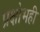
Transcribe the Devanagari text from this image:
प्रक्षोभही